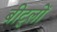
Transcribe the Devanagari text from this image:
बीट्लों